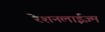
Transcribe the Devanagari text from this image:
रेशनलाईज़्म